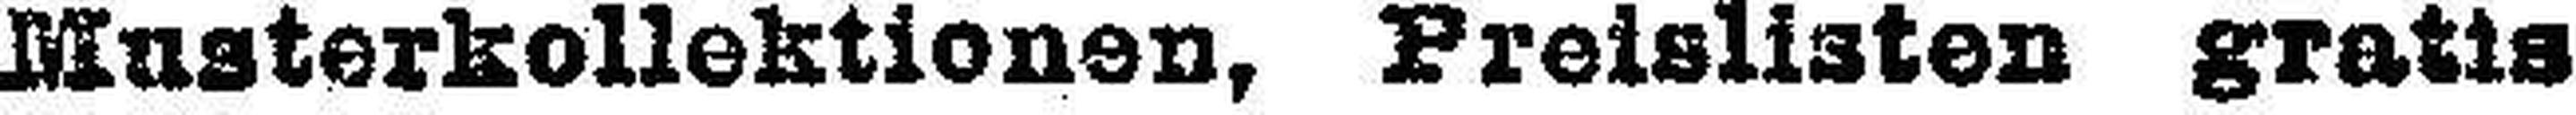
Musterkollektionen, Preislisten gratis